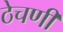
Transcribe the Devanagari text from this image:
ठेचणी